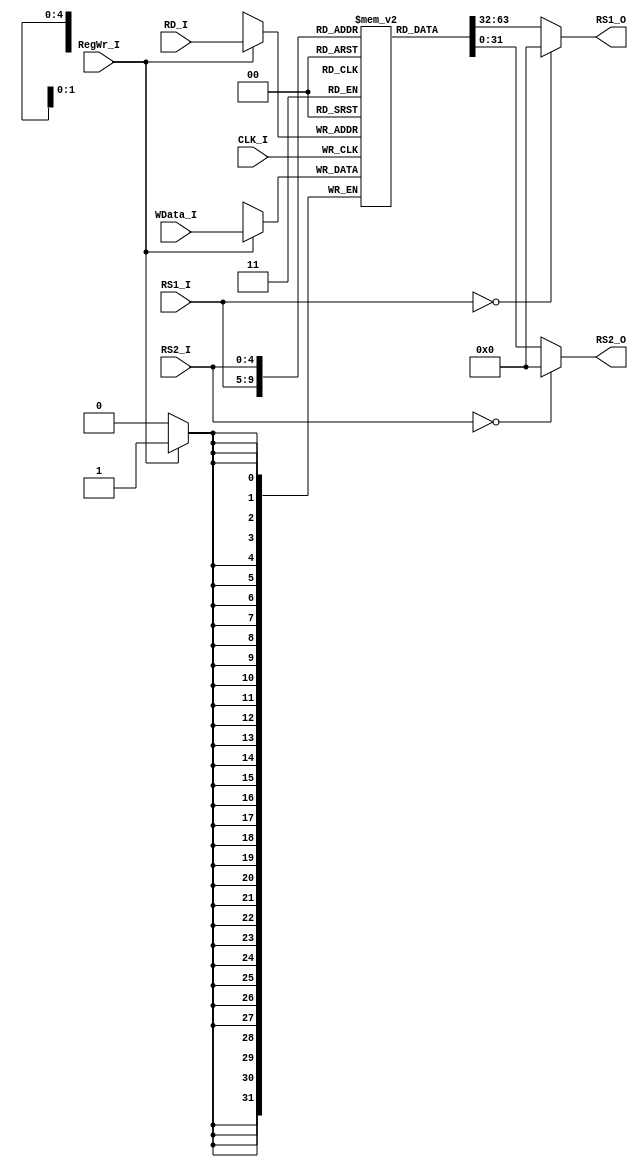
`timescale 1ns/1ns

/* 
    This module 
 */
module RegFile( CLK_I, RS1_I, RS2_I, RD_I, RegWr_I,WData_I,RS1_O, RS2_O);
    input               CLK_I;          // system clock
    input [4:0]         RS1_I;          // the index of the 1st register
    input [4:0]         RS2_I;          // the index of the 2nd register
    input [4:0]         RD_I;           // the index of the target register to be writen
    input               RegWr_I;        // write enable
    input [31:0]        WData_I;        // the data to be writen into the register
    
    output [31:0]       RS1_O;          // 1st register's content 
    output [31:0]       RS2_O;          // 2nd register's content

    /* internal registers and wires */
    reg    [31:0]       gpr[31:1] ;     // ????????[**&& COCOA &&**] why we only define 31 general purpose registers?
   // integer             j, m, n ;       // used to address regitsers

    /* read from register file */
   // assign gpr[0] = 32'b00000000000000000000000000000000;
    assign RS1_O = (RS1_I==0)?32'b00000000000000000000000000000000:gpr[RS1_I];
    assign RS2_O = (RS2_I==0)?32'b00000000000000000000000000000000:gpr[RS2_I];
 //   assign toPC = register[A1];   // redundant singal
    
    // [**&& COCOA &&**] more codes needed
    
    // generate register indexs
   // always  @( * )
      //  j <= RD_I ;
        // [**&& COCOA &&**] more codes needed

    // write to register file
    always @( posedge CLK_I ) 
        if ( RegWr_I )
            begin
                gpr[RD_I] <= WData_I ;
                `ifdef DEBUG
                    $display("R[00-07]=%8X, %8X, %8X, %8X, %8X, %8X, %8X, %8X", 0, gpr[1], gpr[2], gpr[3], gpr[4], gpr[5], gpr[6], gpr[7]);
                    // [**&& COCOA &&**] more codes needed
                `endif
            end
    
endmodule